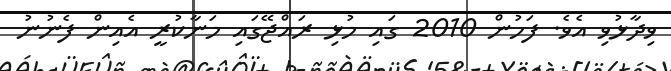
ވިދާޅުވި އެވެ. ފަހުން 2010 ގައި މުޅި ރައްޖޭގައި މަނާކުރީ އެއިން ފެނުނު